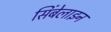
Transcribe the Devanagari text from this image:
सिंबेलाइन